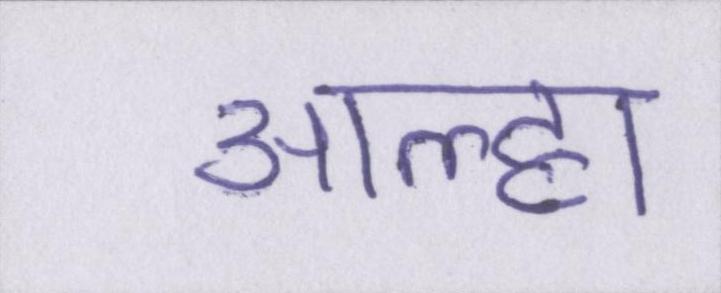
आल्हा